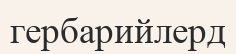
гербарийлерд